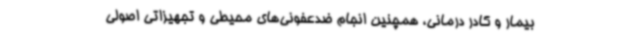
بیمار و کادر درمانی، همچنین انجام ضدعفونی‌های محیطی و تجهیزاتی اصولی